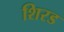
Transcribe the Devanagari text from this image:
शिरड